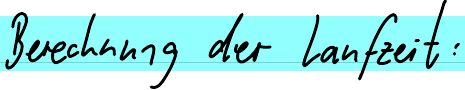
Berechnung der Laufzeit: